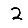
Digit: 2